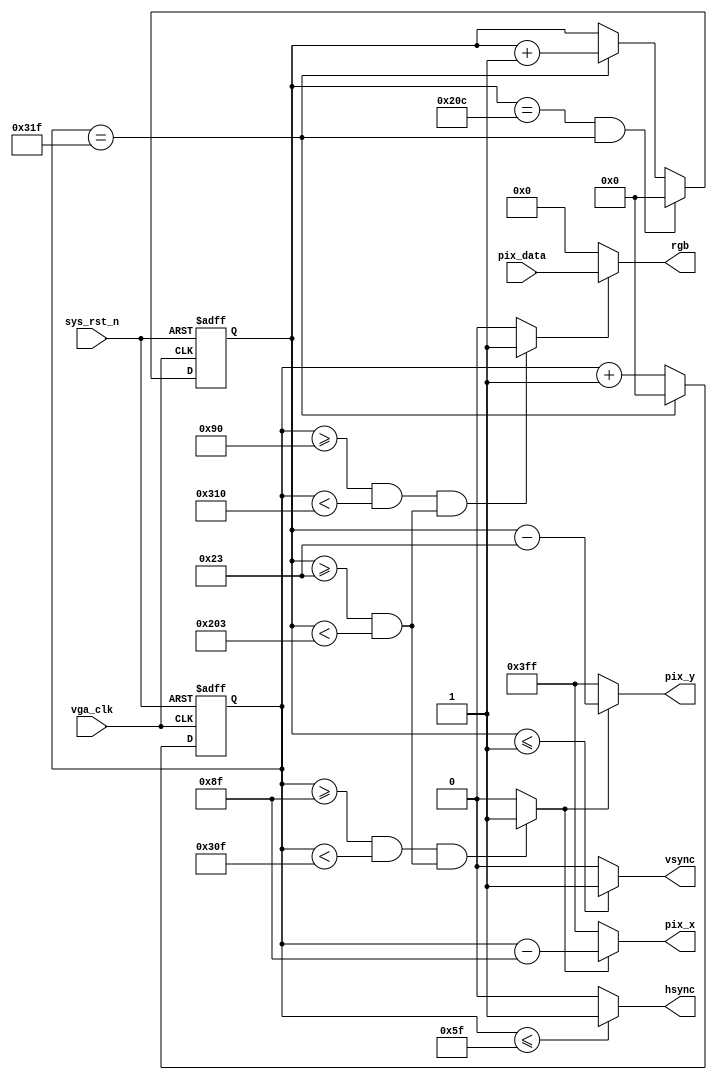
module VGA_CTRL
    (
    input wire                                   vga_clk ,                     //, 25MHz
    input wire                                   sys_rst_n ,                   //,?
    input wire                            [11:0] pix_data ,                    //?

    output wire                            [9:0] pix_x ,                       //? X ?
    output wire                            [9:0] pix_y ,                       //? Y ?
    output wire                                  hsync ,                       //?
    output wire                                  vsync ,                       //?
    output wire                           [11:0] rgb                           //?
    );

//********************************************************************//
//****************** Parameter and Internal Signal *******************//
//********************************************************************//

//parameter define
parameter H_SYNC                       = 10'd96 ,                              //?
          H_BACK                       = 10'd40 ,                              //?
          H_LEFT                       = 10'd8 ,                               //
          H_VALID                      = 10'd640 ,                             //?
          H_RIGHT                      = 10'd8 ,                               //
          H_FRONT                      = 10'd8 ,                               //?
          H_TOTAL                      = 10'd800 ;                             //?
parameter V_SYNC                       = 10'd2 ,                               //?
          V_BACK                       = 10'd25 ,                              //?
          V_TOP                        = 10'd8 ,                               //
          V_VALID                      = 10'd480 ,                             //?
          V_BOTTOM                     = 10'd8 ,                               //
          V_FRONT                      = 10'd2 ,                               //?
          V_TOTAL                      = 10'd525 ;                             //?

//wire define
wire                                             rgb_valid ;                   //VGA 
wire                                             pix_data_req ;                //?

//reg define
reg                                        [9:0] cnt_h ;                       //
reg                                        [9:0] cnt_v ;                       //

//********************************************************************//
//***************************** Main Code ****************************//
//********************************************************************//

//cnt_h:
always@(posedge vga_clk or negedge sys_rst_n)
begin
  if(sys_rst_n == 1'b0)
    cnt_h               <= 10'd0 ;
  else if(cnt_h == H_TOTAL - 1'd1)
    cnt_h               <= 10'd0 ;
  else
    cnt_h               <= cnt_h + 1'd1 ;
end


//hsync:?
assign hsync            = (cnt_h <= H_SYNC - 1'd1) ? 1'b1 : 1'b0 ;

//cnt_v:
always@(posedge vga_clk or negedge sys_rst_n)
begin
  if(sys_rst_n == 1'b0)
    cnt_v               <= 10'd0 ;
  else if((cnt_v == V_TOTAL - 1'd1) && (cnt_h == H_TOTAL-1'd1))
    cnt_v               <= 10'd0 ;
  else if(cnt_h == H_TOTAL - 1'd1)
    cnt_v               <= cnt_v + 1'd1 ;
  else
    cnt_v               <= cnt_v ;
end

//vsync:?
assign vsync            = (cnt_v <= V_SYNC - 1'd1) ? 1'b1 : 1'b0 ;

//rgb_valid:VGA 
assign rgb_valid        = (((cnt_h >= H_SYNC + H_BACK + H_LEFT) && (cnt_h < H_SYNC + H_BACK + H_LEFT + H_VALID)) &&
                           ((cnt_v >= V_SYNC + V_BACK + V_TOP)   && (cnt_v < V_SYNC + V_BACK + V_TOP + V_VALID))) ? 1'b1 : 1'b0;

//pix_data_req:?, rgb_valid ??
assign pix_data_req     = (((cnt_h >= H_SYNC + H_BACK + H_LEFT - 1'b1) && (cnt_h<H_SYNC + H_BACK + H_LEFT + H_VALID - 1'b1)) &&
                           ((cnt_v >= V_SYNC + V_BACK + V_TOP)         && (cnt_v < V_SYNC + V_BACK + V_TOP + V_VALID))) ? 1'b1 : 1'b0;

//pix_x,pix_y:VGA ?
assign pix_x            = (pix_data_req == 1'b1) ? (cnt_h - (H_SYNC + H_BACK + H_LEFT - 1'b1)) : 10'h3ff;
assign pix_y            = (pix_data_req == 1'b1) ? (cnt_v - (V_SYNC + V_BACK + V_TOP)) : 10'h3ff;

//rgb:?
assign rgb              = (rgb_valid == 1'b1) ? pix_data : 11'b0 ;

endmodule